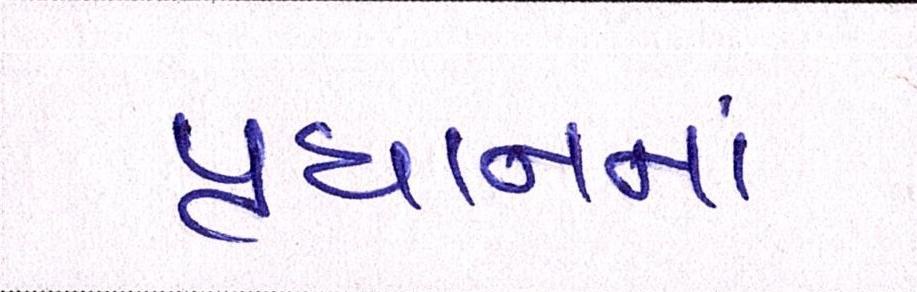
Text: પ્રધાનનાં